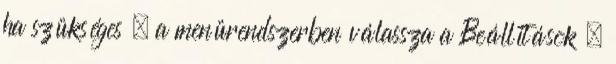
ha szükséges . a menürendszerben válassza a Beállítások →